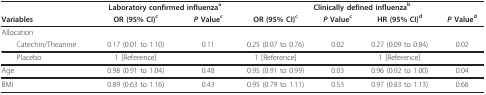
|  | <COLSPAN=2> Laboratory confirmed influenzaa | <COLSPAN=4> Clinically defined influenzab |
 | Variables | OR (95% CI)c | P Valuec | OR (95% CI)c | P Valuec | HR (95% CI)d | P Valued |
 | --- | --- | --- | --- | --- | --- | --- |
 | Allocation |  |  |  |  |  |  |
 | Catechin/Theanine | 0.17 (0.01 to 1.10) | 0.11 | 0.25 (0.07 to 0.76) | 0.02 | 0.27 (0.09 to 0.84) | 0.02 |
 | Placebo | 1 [Reference] |  | 1 [Reference] |  | 1 [Reference] |  |
 | Age | 0.98 (0.91 to 1.04) | 0.48 | 0.95 (0.91 to 0.99) | 0.03 | 0.96 (0.92 to 1.00) | 0.04 |
 | BMI | 0.89 (0.63 to 1.16) | 0.43 | 0.95 (0.79 to 1.11) | 0.53 | 0.97 (0.83 to 1.13) | 0.66 |